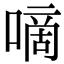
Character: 嘀